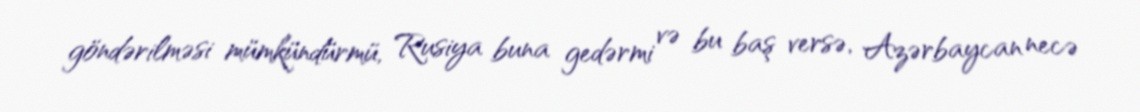
göndərilməsi mümkündürmü, Rusiya buna gedərmi və bu baş versə, Azərbaycan necə